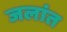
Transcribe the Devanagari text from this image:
जलांत